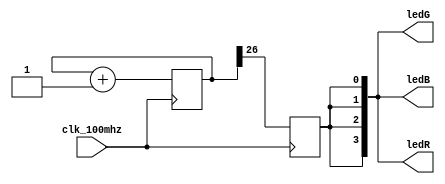
module top(
	input clk_100mhz,
        output [3:0] ledR,ledG,ledB
	);

    wire i_clk;
    assign i_clk = clk_100mhz;

    reg o_led;

    assign ledR[3:0] = { o_led, o_led, o_led, o_led };
    assign ledG[3:0] = { o_led, o_led, o_led, o_led };
    assign ledB[3:0] = { o_led, o_led, o_led, o_led };

    localparam ctr_width = 32;
    reg [ctr_width-1:0] ctr = 0;

    always @(posedge i_clk) begin
	ctr <= ctr + 1;
        o_led <= ctr[26];
    end

endmodule